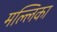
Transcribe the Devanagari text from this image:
मल्‍लिका